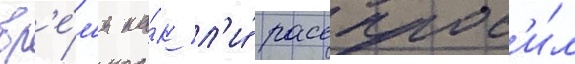
вр'е́м'я ка́к л'и́ расспрос'и́л